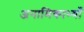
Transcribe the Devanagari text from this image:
अनामिकाभ्याँ